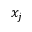
x _ { j }